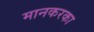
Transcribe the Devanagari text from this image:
मानकरका